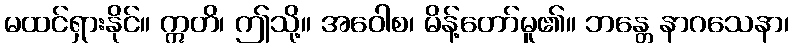
မထင်ရှားနိုင်။ ဣတိ၊ ဤသို့။ အဝေါစ၊ မိန့်တော်မူ၏။ ဘန္တေ နာဂသေနာ၊